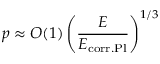
p \approx O ( 1 ) \left( \frac { E } { E _ { \mathrm { c o r r . P l } } } \right) ^ { 1 / 3 }